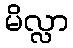
မိလ္လာ